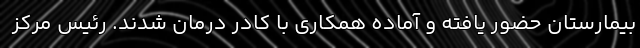
بیمارستان حضور یافته و آماده همکاری با کادر درمان شدند. رئیس مرکز